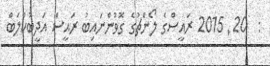
:  20